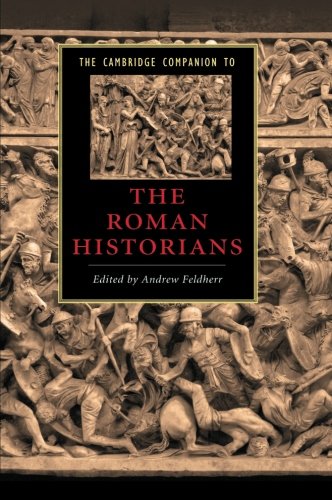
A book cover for The Cambridge Companion to the Roman Historians (Cambridge Companions to Literature); Literature & Fiction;